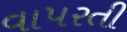
વાપરતી